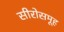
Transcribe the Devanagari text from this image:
सीरोसमूह